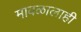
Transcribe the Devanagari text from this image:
मावळालाही